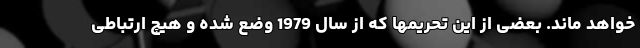
خواهد ماند. بعضی از این تحریمها که از سال 1979 وضع شده و هیچ ارتباطی